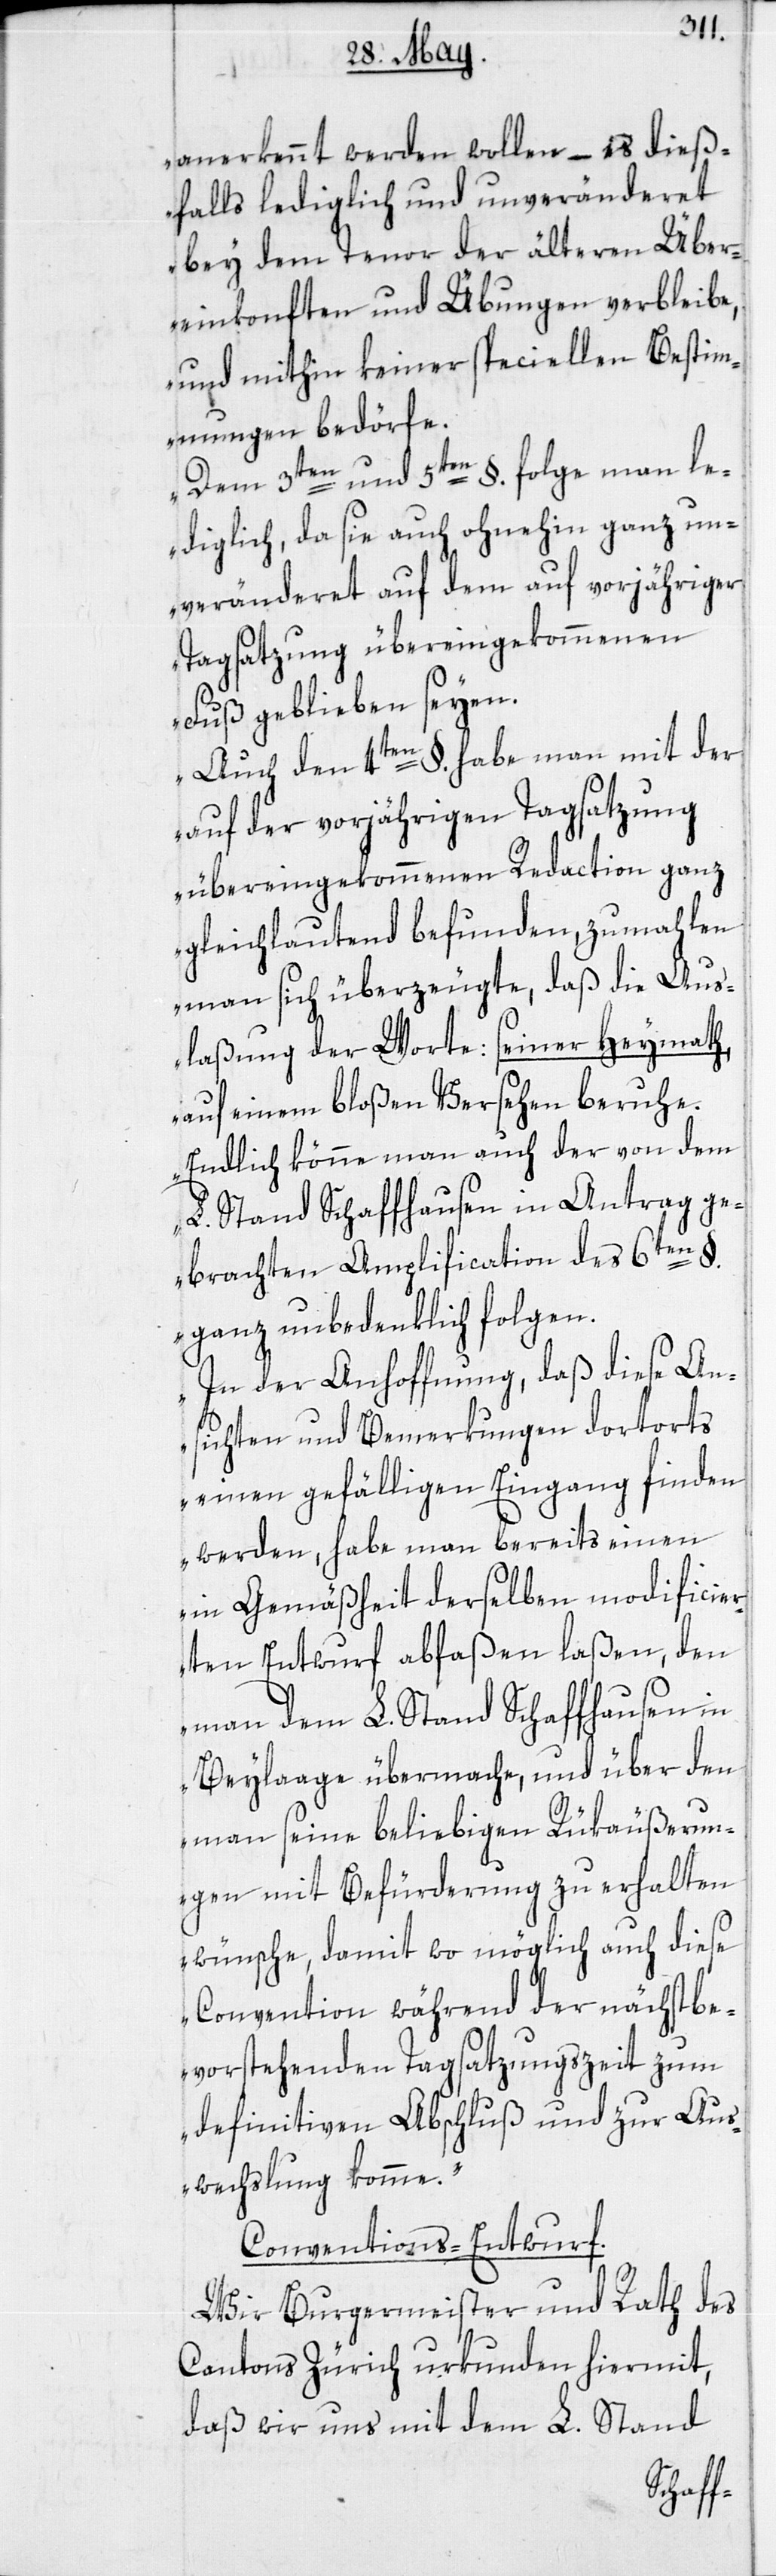
anerkennt werden wollen, – es dieß¬
falls lediglich und unveränderet
bey dem Tenor der älteren Über¬
einkonften und Übungen verbleibe,
und mithin keiner speciellen Bestim¬
mungen bedörfe.
Dem 3ten und 5ten §. folge man le¬
diglich, da sie auch ohnehin ganz un¬
veränderet auf dem auf vorjähriger
Tagsatzung übereingekommenen
Fuß geblieben seyen.
Auch den 4ten §. habe man mit der
auf der vorjährigen Tagsatzung
übereingekommenen Redaction ganz
gleichlautend befunden, zumahlen
man sich überzeugte, daß die Aus¬
laßung der Worte seiner Heymath,
auf einem bloßen Versehen beruhe.
Endlich könne man auch der von dem
L. Stand Schaffhausen in Antrag ge¬
brachten Amplification des 6ten §.
ganz unbedenklich folgen.
In der Anhoffnung, daß diese An¬
sichten und Bemerkungen dortorts
einen gefälligen Eingang finden
werden, habe man bereits einen
in Gemäßheit derselben modificier¬
ten Entwurf abfaßen laßen, den
man dem L. Stand Schaffhausen in
Beylaage übermache, und über den
man seine beliebige Rükäußerun¬
gen mit Befürderung zu erhalten
wünsche, damit wo möglich auch diese
Convention während der nächstbe¬
vorstehenden Tagsatzungszeit zum
definitiven Abschluß und zur Aus¬
wechslung komme.“
Conventions-Entwurf.
Wir Burgermeister und Rath des
Cantons Zürich urkunden hiermit,
daß wir uns mit dem L. Stand